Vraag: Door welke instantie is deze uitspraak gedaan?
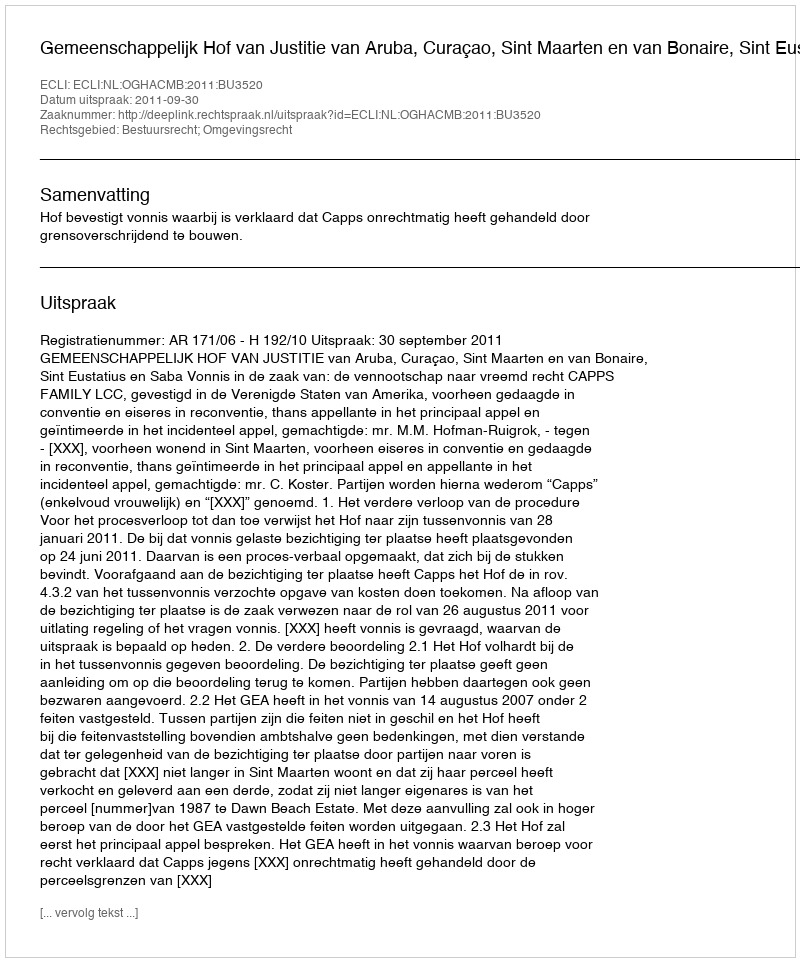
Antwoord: Gemeenschappelijk Hof van Justitie van Aruba, Curaçao, Sint Maarten en van Bonaire, Sint Eustatius en Saba